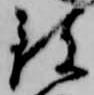
致